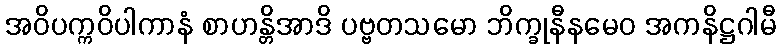
အဝိပက္ကဝိပါကာနံ စာဟန္တိအာဒိ ပဗ္ဗတသမော ဘိက္ခုနီနမေဝ အကနိဋ္ဌဂါမီ